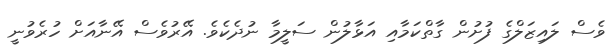
ވެސް ލައިޒަލްގެ ފުށުން ގާތްކަމާއި އަޅާލުން ސަލީމާ ނުދެކެވެ. އޭރުވެސް އޭނާއަށް ހުރެވުނީ